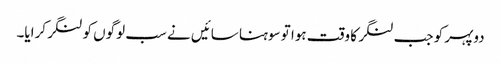
دوپہر کو جب لنگر کا وقت ہوا تو سوہنا سائیں نے سب لوگوں کو لنگر کرایا۔